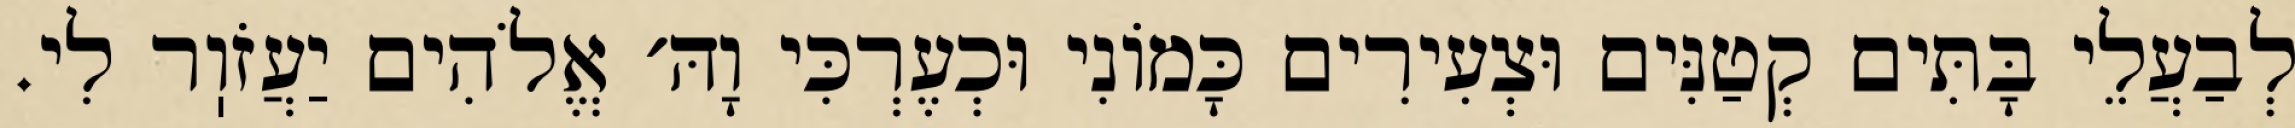
לְבַעֲלֵי בָּתִּים קְטַנִּים וּצְעִירִים כָּמוֹנִי וּכְעֶרְכִּי וָהּ׳ אֱלֹהִים יַעֲזֹוֽר לִי.